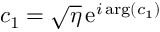
c _ { 1 } = \sqrt { \eta } \, \mathrm { e } ^ { i \arg ( c _ { 1 } ) }